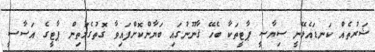
ޝަރުތެއް ކަނޑައެޅޭނީ ސިޔާސީ ޕާޓީތަކާ ބެހޭ ޤާނޫނުގައި ބަޔާންކޮށްފައިވާ ގޮތުގެމަތިން ޕާޓީގެ އަސާސީ